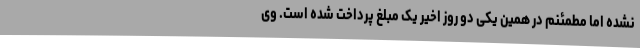
نشده اما مطمئنم در همین یکی دو روز اخیر یک مبلغ پرداخت شده است. وی